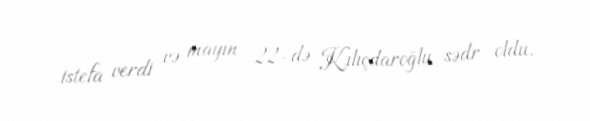
istefa verdi və mayın 22-də Kılıçdaroğlu sədr oldu.